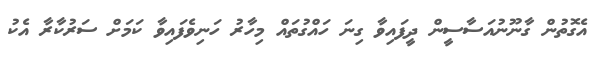
އެގޮތުން ގާނޫނުއަސާސީން ދީފައިވާ ގިނަ ހައްގުތައް މިހާރު ހަނިވެފައިވާ ކަމަށް ސަރުކާރާ އެކު